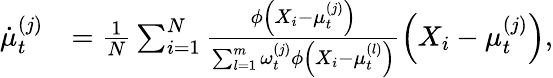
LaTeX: \begin{array}{rl}{\dot{\mu}_{t}^{(j)}}&{=\frac{1}{N}\sum_{i=1}^{N}\frac{\phi\left(X_{i}-\mu_{t}^{(j)}\right)}{\sum_{l=1}^{m}\omega_{t}^{(j)}\phi\left(X_{i}-\mu_{t}^{(l)}\right)}\left(X_{i}-\mu_{t}^{(j)}\right),}\end{array}